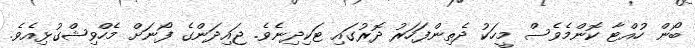
ބޯން ހުއްޓާ ކޮންމެވެސް މީހަކު ދެތިންފަހަރު ދޮރުގައި ޓަކިދިނެވެ. ޖައިދަންގެ ފޯނަށް މެހްވިޝްގުޅިއެވެ.